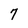
Character: 7